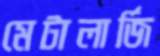
মেটালার্জি